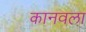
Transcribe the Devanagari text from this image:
कानवला